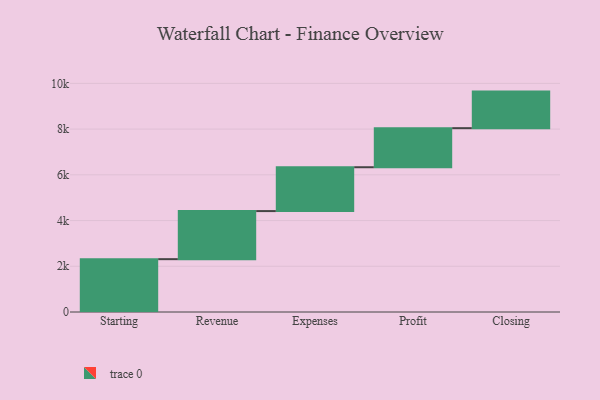
{"axis": {"x": "Step", "y": "Value"}, "legend": [""], "data": [{"x": "Starting", "y": 2311.0, "type": ""}, {"x": "Revenue", "y": 2103.0, "type": ""}, {"x": "Expenses", "y": 1918.0, "type": ""}, {"x": "Profit", "y": 1709.0, "type": ""}, {"x": "Closing", "y": 1599.0, "type": ""}]}